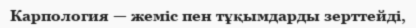
Карпология — жеміс пен тұқымдарды зерттейді,